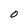
Character: O